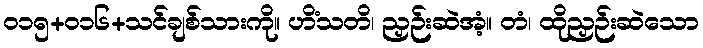
၀၁၅+၀၁၆+သင်ချစ်သားကို။ ဟိံသတိ၊ ညှဉ်းဆဲအံ့။ တံ၊ ထိုညှဉ်းဆဲသော